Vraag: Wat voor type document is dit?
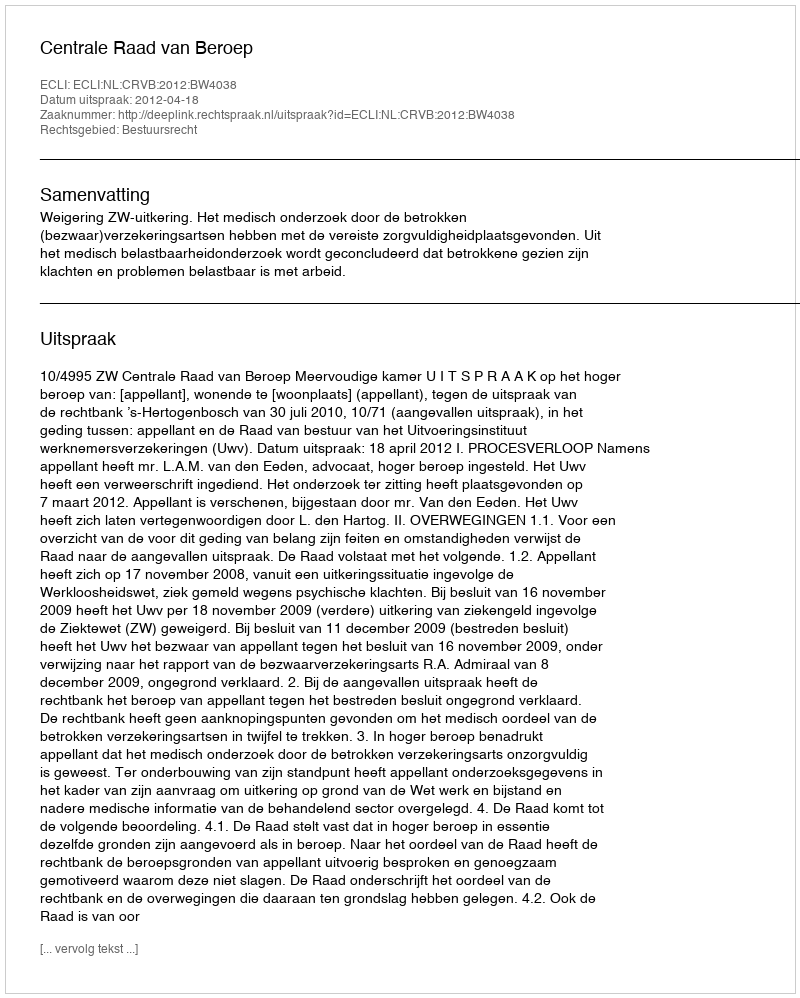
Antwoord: Uitspraak